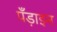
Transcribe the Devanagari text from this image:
पँड़ाइन